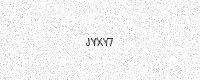
Text: JYXY7